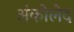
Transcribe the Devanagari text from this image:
अंकोलेद